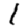
Digit: 1